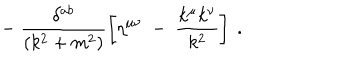
- ~ \frac { \delta ^ { a b } } { ( k ^ { 2 } + m ^ { 2 } ) } \left[ \eta ^ { \mu \nu } ~ - ~ \frac { k ^ { \mu } k ^ { \nu } } { k ^ { 2 } } \right] ~ .